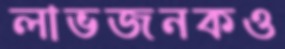
লাভজনকও